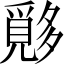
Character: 𱘪